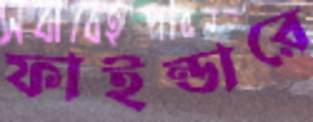
ফাইন্ডারে